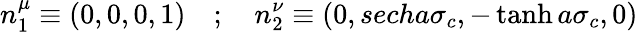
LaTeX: n_{1}^{\mu}\equiv\left(0,0,0,1\right)\quad;\quad n_{2}^{\nu}\equiv\left(0,secha\sigma_{c},-\operatorname{tanh}a\sigma_{c},0\right)